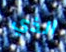
الذي